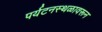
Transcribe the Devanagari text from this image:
पर्यटनस्थळावरून